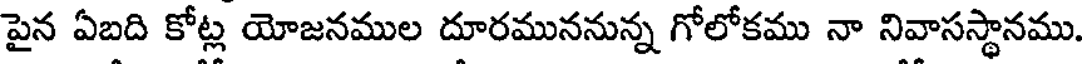
పైన ఏబది కోట్ల యోజనముల దూరముననున్న గోలోకము నా నివాసస్థానము.